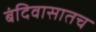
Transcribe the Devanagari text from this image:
बंदिवासातच